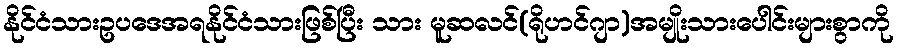
နိုင်ငံသားဥပဒေအရနိုင်ငံသားဖြစ်ပြီး သား မူဆလင်(ရိုဟင်ဂျာ)အမျိုးသားပေါင်းများစွာကို